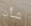
شأن